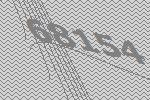
68154